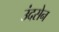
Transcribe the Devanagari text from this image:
उंदसेन